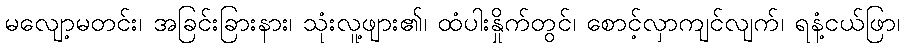
မလျော့မတင်း၊ အခြင်းခြားနား၊ သုံးလူ့ဖျား၏၊ ထံပါးနှိုက်တွင်၊ စောင့်လှာကျင်လျက်၊ ရနံ့ငယ်ဖြာ၊